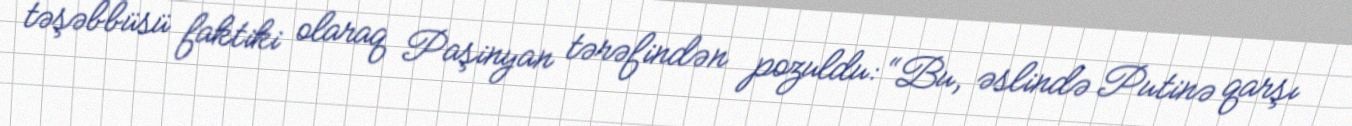
təşəbbüsü faktiki olaraq Paşinyan tərəfindən pozuldu: “Bu, əslində Putinə qarşı